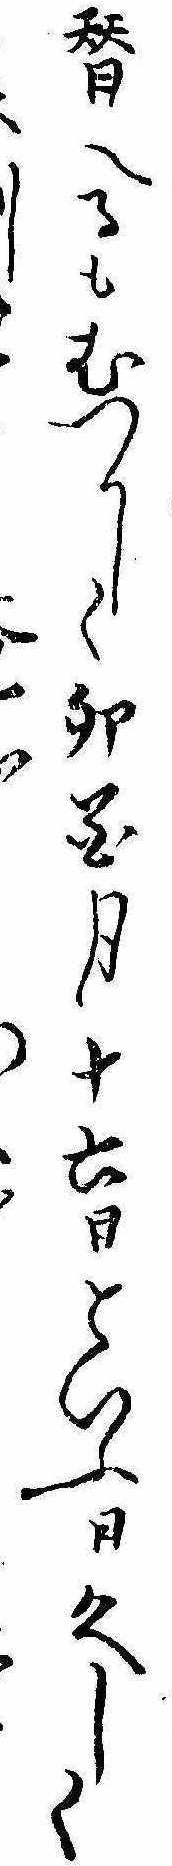
替へるもむつかしく卯花月十六日といふ日久しく